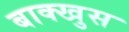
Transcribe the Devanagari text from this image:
बाक्खुस